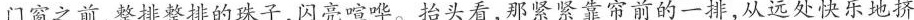
门窗之前，整排整排的珠子，闪亮喧哗。抬头看，那紧紧靠帘前的一排，从远处快乐地挤